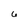
Character: 6